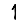
Digit: 1